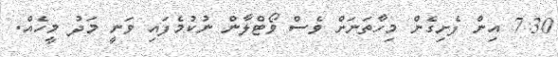
7:30 އިން ފެށިގެން މިހާތަނަށް ވެސް ވޯޓްލާން ނުކުމެފައި ވަނީ މަދު މީހެއް.